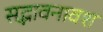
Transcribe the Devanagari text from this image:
सद्भावनावश